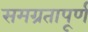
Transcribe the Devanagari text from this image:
समग्रतापूर्ण